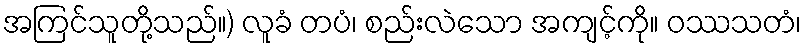
အကြင်သူတို့သည်။) လူခံ တပံ၊ စည်းလဲသော အကျင့်ကို။ ဝဿသတံ၊